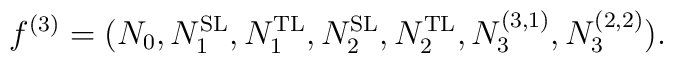
f^{(3)}=(N_{0},N_{1}^{\rm SL}, N_{1}^{\rm TL}, N_{2}^{\rm SL}, N_{2}^{\rm TL}, N_{3}^{(3,1)},N_{3}^{(2,2)}).